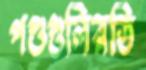
পশুগুলিরডি